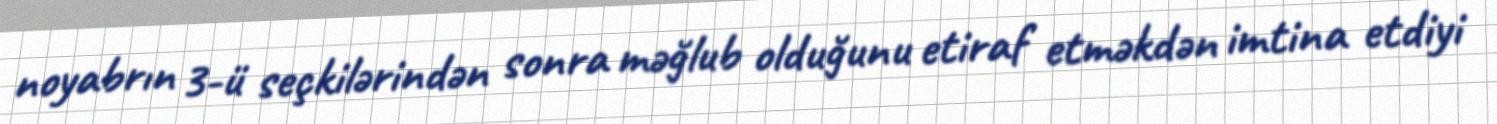
noyabrın 3-ü seçkilərindən sonra məğlub olduğunu etiraf etməkdən imtina etdiyi